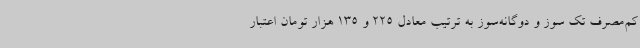
کم‌مصرف تک سوز و دوگانه‌سوز به ترتیب معادل 225 و 135 هزار تومان اعتبار